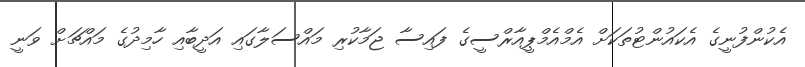
އެކުންފުނީގެ އެކައުންޓުތަކަށް އެމްއެމްޕީއާރްސީގެ ފައިސާ ޖަމާކުރި މައްސަލާގައި އަދީބާއި ހާމިދުގެ މައްޗަށް ވަނީ